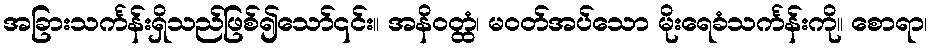
အခြားသင်္ကန်းရှိသည်ဖြစ်၍သော်၎င်း။ အနိဝတ္ထံ၊ မဝတ်အပ်သော မိုးရေခံသင်္ကန်းကို။ စောရာ၊